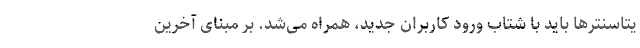
یتاسنترها باید با شتاب ورود کاربران جدید، همراه می‌شد. بر مبنای آخرین